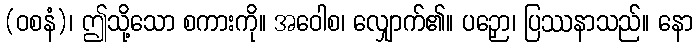
(ဝစနံ)၊ ဤသို့သော စကားကို။ အဝေါစ၊ လျှောက်၏။ ပဉှော၊ ပြဿနာသည်။ နော